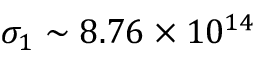
\sigma _ { 1 } \sim 8 . 7 6 \times 1 0 ^ { 1 4 }